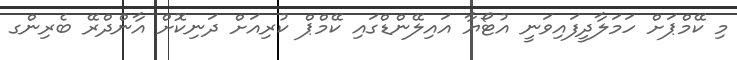
މި ކޭމްޕަށް ހަމަލާދީފައިވަނީ އުޓޯޔާ އައިލޭންޑްގައި ކޭމްޕް ކުރިއަށް ދަނިކޮށް އާންދްރޭ ބެރިންގ